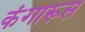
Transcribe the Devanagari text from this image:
कंगारूस